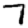
Digit: 7